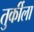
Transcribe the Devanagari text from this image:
तुर्कीला